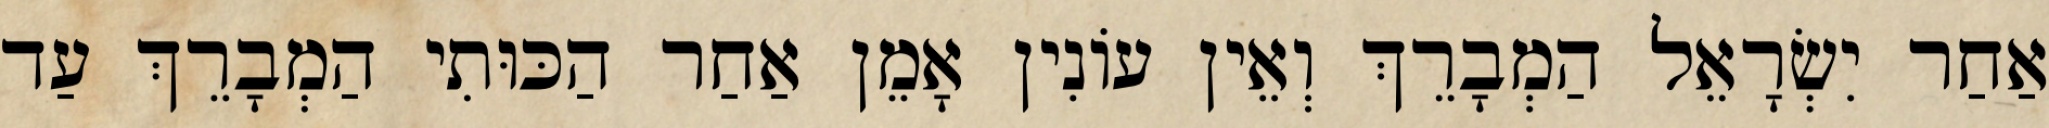
אַחַר יִשְׂרָאֵל הַמְבָרֵךְ וְאֵין עוֹנִין אָמֵן אַחַר הַכּוּתִי הַמְבָרֵךְ עַד